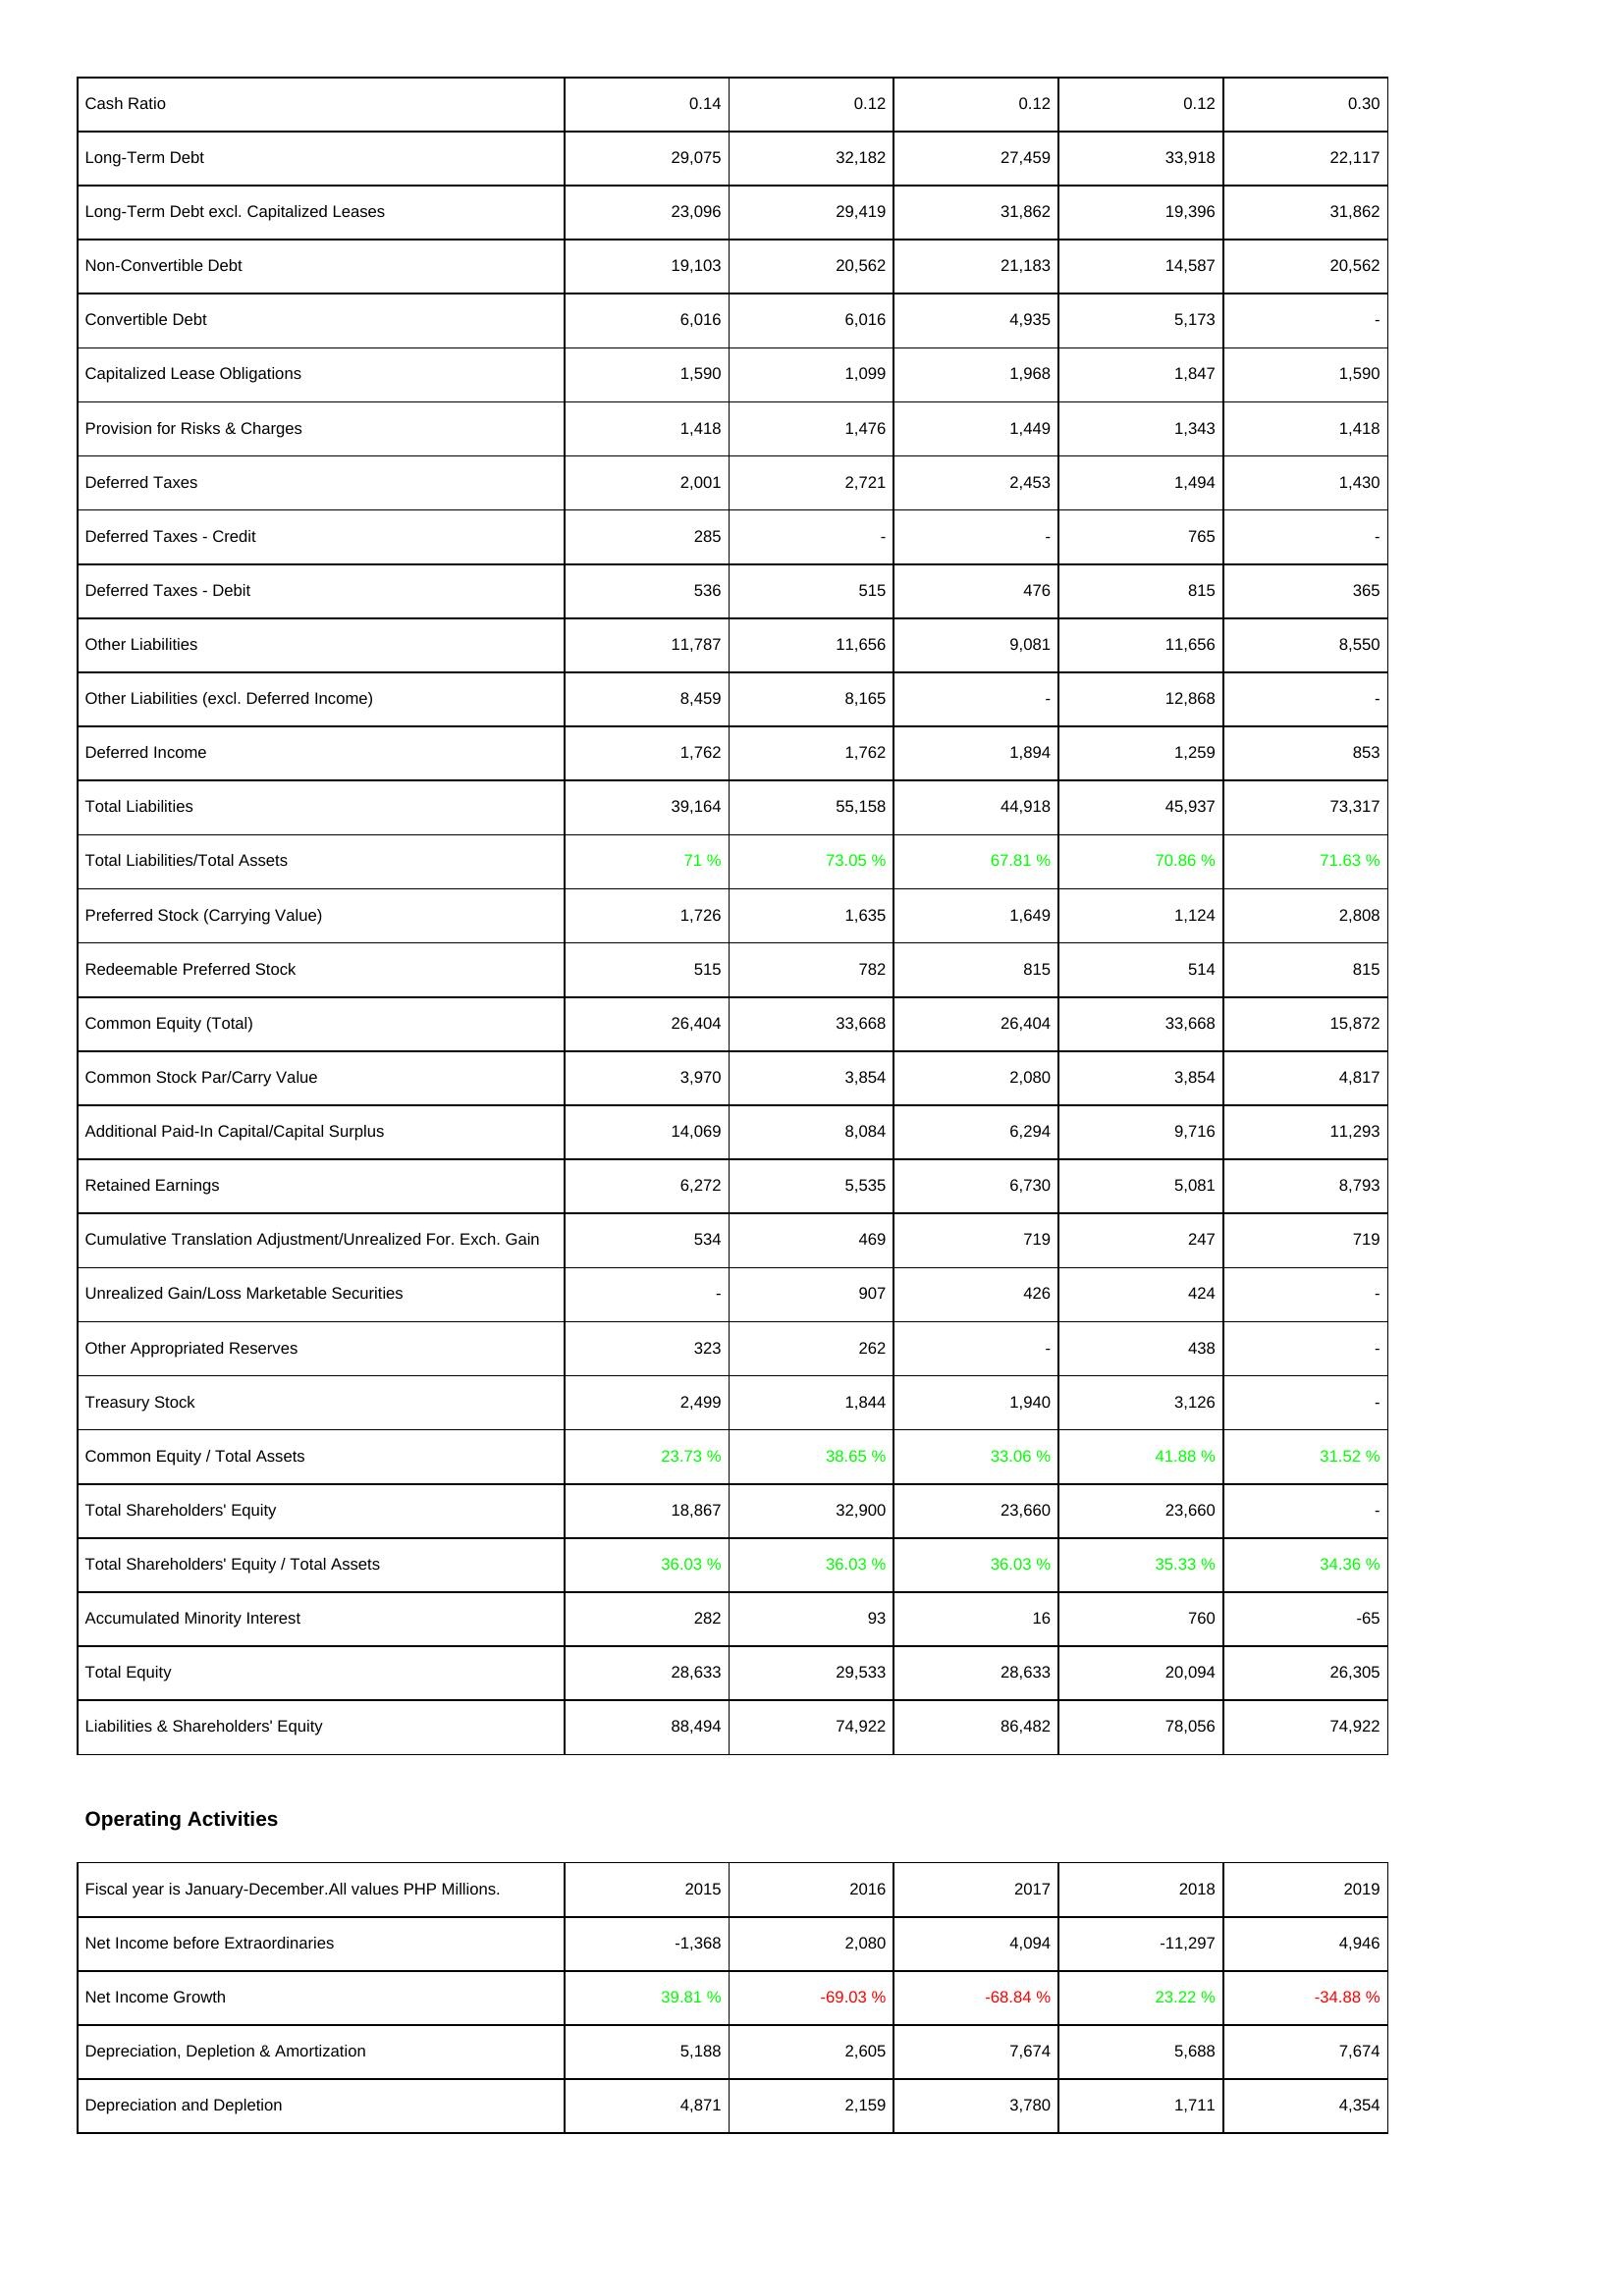
2015: Liabilities & Shareholders' Equity: Cash Ratio: 0.14
Long-Term Debt: 29,075
Long-Term Debt excl. Capitalized Leases: 23,096
Non-Convertible Debt: 19,103
Convertible Debt: 6,016
Capitalized Lease Obligations: 1,590
Provision for Risks & Charges: 1,418
Deferred Taxes: 2,001
Deferred Taxes - Credit: 285
Deferred Taxes - Debit: 536
Other Liabilities: 11,787
Other Liabilities (excl. Deferred Income): 8,459
Deferred Income: 1,762
Total Liabilities: 39,164
Total Liabilities/Total Assets: 71 %
Preferred Stock (Carrying Value): 1,726
Redeemable Preferred Stock: 515
Common Equity (Total): 26,404
Common Stock Par/Carry Value: 3,970
Additional Paid-In Capital/Capital Surplus: 14,069
Retained Earnings: 6,272
Cumulative Translation Adjustment/Unrealized For. Exch. Gain: 534
Unrealized Gain/Loss Marketable Securities: -
Other Appropriated Reserves: 323
Treasury Stock: 2,499
Common Equity / Total Assets: 23.73 %
Total Shareholders' Equity: 18,867
Total Shareholders' Equity / Total Assets: 36.03 %
Accumulated Minority Interest: 282
Total Equity: 28,633
Liabilities & Shareholders' Equity: 88,494
Operating Activities: Net Income before Extraordinaries: -1,368
Net Income Growth: 39.81 %
Depreciation, Depletion & Amortization: 5,188
Depreciation and Depletion: 4,871
2016: Liabilities & Shareholders' Equity: Cash Ratio: 0.12
Long-Term Debt: 32,182
Long-Term Debt excl. Capitalized Leases: 29,419
Non-Convertible Debt: 20,562
Convertible Debt: 6,016
Capitalized Lease Obligations: 1,099
Provision for Risks & Charges: 1,476
Deferred Taxes: 2,721
Deferred Taxes - Credit: -
Deferred Taxes - Debit: 515
Other Liabilities: 11,656
Other Liabilities (excl. Deferred Income): 8,165
Deferred Income: 1,762
Total Liabilities: 55,158
Total Liabilities/Total Assets: 73.05 %
Preferred Stock (Carrying Value): 1,635
Redeemable Preferred Stock: 782
Common Equity (Total): 33,668
Common Stock Par/Carry Value: 3,854
Additional Paid-In Capital/Capital Surplus: 8,084
Retained Earnings: 5,535
Cumulative Translation Adjustment/Unrealized For. Exch. Gain: 469
Unrealized Gain/Loss Marketable Securities: 907
Other Appropriated Reserves: 262
Treasury Stock: 1,844
Common Equity / Total Assets: 38.65 %
Total Shareholders' Equity: 32,900
Total Shareholders' Equity / Total Assets: 36.03 %
Accumulated Minority Interest: 93
Total Equity: 29,533
Liabilities & Shareholders' Equity: 74,922
Operating Activities: Net Income before Extraordinaries: 2,080
Net Income Growth: -69.03 %
Depreciation, Depletion & Amortization: 2,605
Depreciation and Depletion: 2,159
2017: Liabilities & Shareholders' Equity: Cash Ratio: 0.12
Long-Term Debt: 27,459
Long-Term Debt excl. Capitalized Leases: 31,862
Non-Convertible Debt: 21,183
Convertible Debt: 4,935
Capitalized Lease Obligations: 1,968
Provision for Risks & Charges: 1,449
Deferred Taxes: 2,453
Deferred Taxes - Credit: -
Deferred Taxes - Debit: 476
Other Liabilities: 9,081
Other Liabilities (excl. Deferred Income): -
Deferred Income: 1,894
Total Liabilities: 44,918
Total Liabilities/Total Assets: 67.81 %
Preferred Stock (Carrying Value): 1,649
Redeemable Preferred Stock: 815
Common Equity (Total): 26,404
Common Stock Par/Carry Value: 2,080
Additional Paid-In Capital/Capital Surplus: 6,294
Retained Earnings: 6,730
Cumulative Translation Adjustment/Unrealized For. Exch. Gain: 719
Unrealized Gain/Loss Marketable Securities: 426
Other Appropriated Reserves: -
Treasury Stock: 1,940
Common Equity / Total Assets: 33.06 %
Total Shareholders' Equity: 23,660
Total Shareholders' Equity / Total Assets: 36.03 %
Accumulated Minority Interest: 16
Total Equity: 28,633
Liabilities & Shareholders' Equity: 86,482
Operating Activities: Net Income before Extraordinaries: 4,094
Net Income Growth: -68.84 %
Depreciation, Depletion & Amortization: 7,674
Depreciation and Depletion: 3,780
2018: Liabilities & Shareholders' Equity: Cash Ratio: 0.12
Long-Term Debt: 33,918
Long-Term Debt excl. Capitalized Leases: 19,396
Non-Convertible Debt: 14,587
Convertible Debt: 5,173
Capitalized Lease Obligations: 1,847
Provision for Risks & Charges: 1,343
Deferred Taxes: 1,494
Deferred Taxes - Credit: 765
Deferred Taxes - Debit: 815
Other Liabilities: 11,656
Other Liabilities (excl. Deferred Income): 12,868
Deferred Income: 1,259
Total Liabilities: 45,937
Total Liabilities/Total Assets: 70.86 %
Preferred Stock (Carrying Value): 1,124
Redeemable Preferred Stock: 514
Common Equity (Total): 33,668
Common Stock Par/Carry Value: 3,854
Additional Paid-In Capital/Capital Surplus: 9,716
Retained Earnings: 5,081
Cumulative Translation Adjustment/Unrealized For. Exch. Gain: 247
Unrealized Gain/Loss Marketable Securities: 424
Other Appropriated Reserves: 438
Treasury Stock: 3,126
Common Equity / Total Assets: 41.88 %
Total Shareholders' Equity: 23,660
Total Shareholders' Equity / Total Assets: 35.33 %
Accumulated Minority Interest: 760
Total Equity: 20,094
Liabilities & Shareholders' Equity: 78,056
Operating Activities: Net Income before Extraordinaries: -11,297
Net Income Growth: 23.22 %
Depreciation, Depletion & Amortization: 5,688
Depreciation and Depletion: 1,711
2019: Liabilities & Shareholders' Equity: Cash Ratio: 0.30
Long-Term Debt: 22,117
Long-Term Debt excl. Capitalized Leases: 31,862
Non-Convertible Debt: 20,562
Convertible Debt: -
Capitalized Lease Obligations: 1,590
Provision for Risks & Charges: 1,418
Deferred Taxes: 1,430
Deferred Taxes - Credit: -
Deferred Taxes - Debit: 365
Other Liabilities: 8,550
Other Liabilities (excl. Deferred Income): -
Deferred Income: 853
Total Liabilities: 73,317
Total Liabilities/Total Assets: 71.63 %
Preferred Stock (Carrying Value): 2,808
Redeemable Preferred Stock: 815
Common Equity (Total): 15,872
Common Stock Par/Carry Value: 4,817
Additional Paid-In Capital/Capital Surplus: 11,293
Retained Earnings: 8,793
Cumulative Translation Adjustment/Unrealized For. Exch. Gain: 719
Unrealized Gain/Loss Marketable Securities: -
Other Appropriated Reserves: -
Treasury Stock: -
Common Equity / Total Assets: 31.52 %
Total Shareholders' Equity: -
Total Shareholders' Equity / Total Assets: 34.36 %
Accumulated Minority Interest: -65
Total Equity: 26,305
Liabilities & Shareholders' Equity: 74,922
Operating Activities: Net Income before Extraordinaries: 4,946
Net Income Growth: -34.88 %
Depreciation, Depletion & Amortization: 7,674
Depreciation and Depletion: 4,354